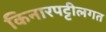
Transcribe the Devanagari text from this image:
किनारपट्टीलगत